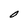
Character: O